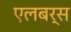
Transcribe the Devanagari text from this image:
एलबर्स